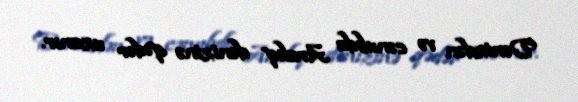
Dənizdən və cənubda Aralıq dənizinə qədər uzanır.